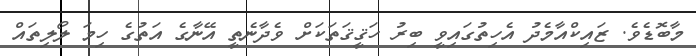
މާބޮޑެވެ. ޒައިކްއާމެދު އެހިތުގައިވީ ބިރު ހަޤީޤަތަކަށް ވެދާނެތީ އޭނާގެ އަތުގެ ހިމަ ލޯލިތައް